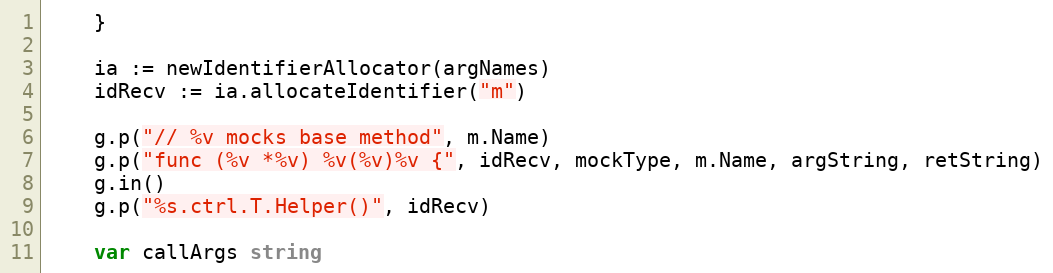
Language: Go
	}

	ia := newIdentifierAllocator(argNames)
	idRecv := ia.allocateIdentifier("m")

	g.p("// %v mocks base method", m.Name)
	g.p("func (%v *%v) %v(%v)%v {", idRecv, mockType, m.Name, argString, retString)
	g.in()
	g.p("%s.ctrl.T.Helper()", idRecv)

	var callArgs string